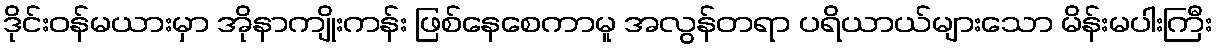
ဒိုင်းဝန်မယားမှာ အိုနာကျိုးကန်း ဖြစ်နေစေကာမူ အလွန်တရာ ပရိယာယ်များသော မိန်းမပါးကြီး